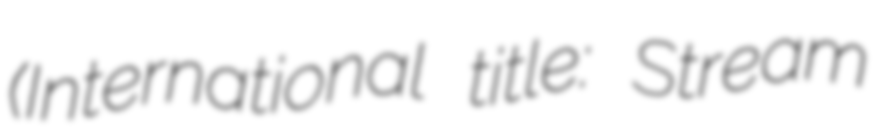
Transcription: (International title: Stream